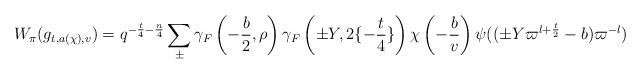
LaTeX: \begin{align*}W_{\pi}(g_{t,a(\chi),v}) = q^{-\frac{t}{4}-\frac{n}{4}} \sum_{\pm}\gamma_F\left(-\frac{b}{2},\rho\right)\gamma_F\left(\pm Y,2\{-\frac{t}{4}\}\right) \chi\left(-\frac{b}{v}\right)\psi((\pm Y\varpi^{l+\frac{t}{2}}-b)\varpi^{-l})\end{align*}